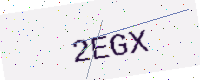
Text: 2EGX